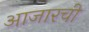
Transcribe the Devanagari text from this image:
आजारची